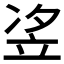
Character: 𱷤